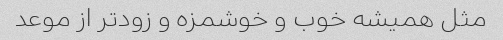
مثل همیشه خوب و خوشمزه و زودتر از موعد